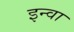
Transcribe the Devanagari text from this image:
इन्वा